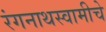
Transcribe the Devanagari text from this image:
रंगनाथस्वामीचे